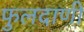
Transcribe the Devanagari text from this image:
फुलदाणी